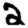
Digit: 2